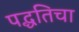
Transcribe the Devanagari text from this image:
पद्धतिचा